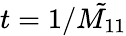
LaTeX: t=1/\tilde{M_{11}}